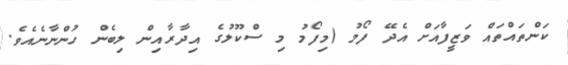
ކަންތައްތައް ވަޒީފާއަށް އެދޭ ފޯމު (މިފޯމު މި ސްކޫލުގެ އިދާރާއިން ލިބެން ހުންނާނެއެވެ.